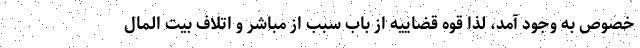
خصوص به وجود آمد، لذا قوه قضاییه از باب سبب از مباشر و اتلاف بیت المال